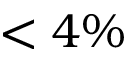
< 4 \%